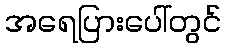
အရေပြားပေါ်တွင်